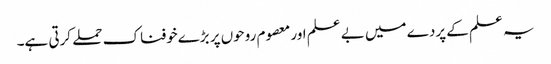
یہ علم کے پردے میں بے علم اور معصوم روحوں پر بڑےخوفناک حملے کرتی ہے۔